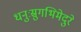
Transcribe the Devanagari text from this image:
धनुःस्रुगभिमेदुरे